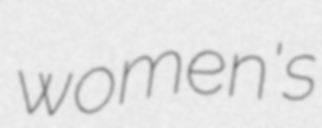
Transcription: women's